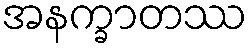
အနက္ခာတဿ